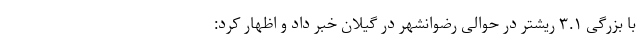
با بزرگی ۳.۱ ریشتر در حوالی رضوانشهر در گیلان خبر داد و اظهار کرد: